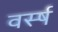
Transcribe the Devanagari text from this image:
वर्स्ष